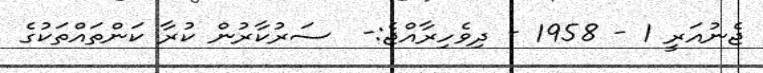
ޖެނުއަރީ 1 - 1958 - ދިވެހިރާއްޖެ:-  ސަރުކާރުން ކުރާ ކަންތައްތަކުގެ